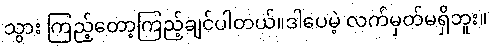
သွား ကြည့်တော့ကြည့်ချင်ပါတယ်။ဒါပေမဲ့ လက်မှတ်မရှိဘူး။